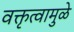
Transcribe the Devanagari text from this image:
वक्तृत्वामुळे